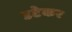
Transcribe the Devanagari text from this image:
उटेकर